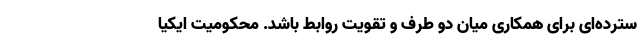
سترده­‌ای برای همکاری میان دو طرف و تقویت روابط باشد. محکومیت ایکیا